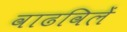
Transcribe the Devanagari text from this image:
वाढविलें